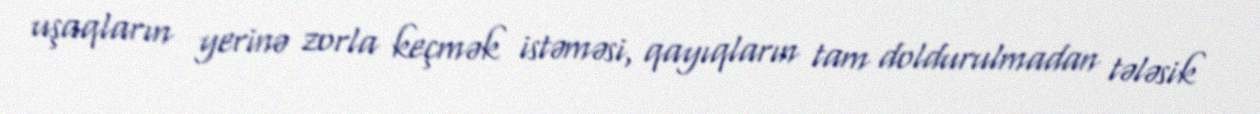
uşaqların yerinə zorla keçmək istəməsi, qayıqların tam doldurulmadan tələsik